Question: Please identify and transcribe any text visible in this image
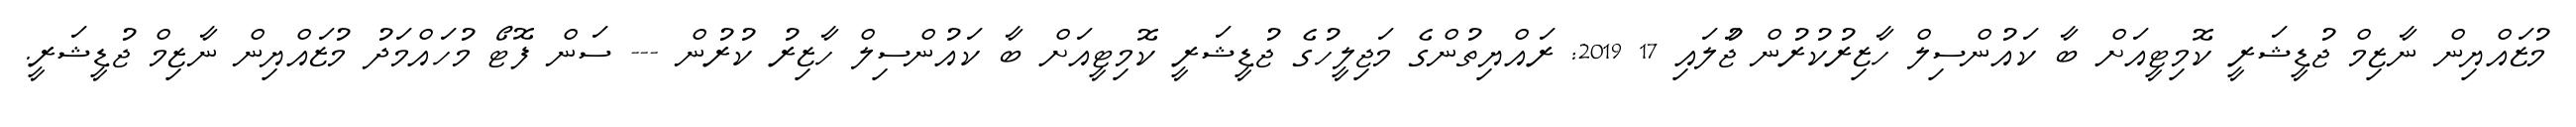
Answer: މުޒައްޔިން ނާޒިމް ޖުޑީޝަރީ ކޮމިޓީއަށް ބާ ކައުންސިލް ހާޒިރުކުރުން ޖުަލައި 17 2019: ރައްޔިތުންގެ މަޖިލީހުގެ ޖުޑީޝަރީ ކޮމިޓީއަށް ބާ ކައުންސިލް ހާޒިރު ކުރުން --- ސަން ފޮޓޯ މުހައްމަދު މުޒައްޔިން ނާޒިމް ޖުޑީޝަރީ.